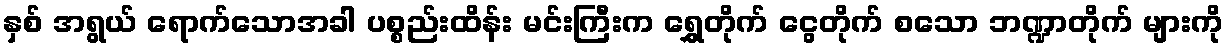
နှစ် အရွယ် ရောက်သောအခါ ပစ္စည်းထိန်း မင်းကြီးက ရွှေတိုက် ငွေတိုက် စသော ဘဏ္ဍာတိုက် များကို